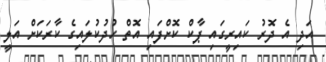
އަދި އެ ދޮރު ކައިރީގައި ޕާކް ކޮށްފައި އޮތް ހުދުކުލައިގެ ކާރަކަށް އަލީ